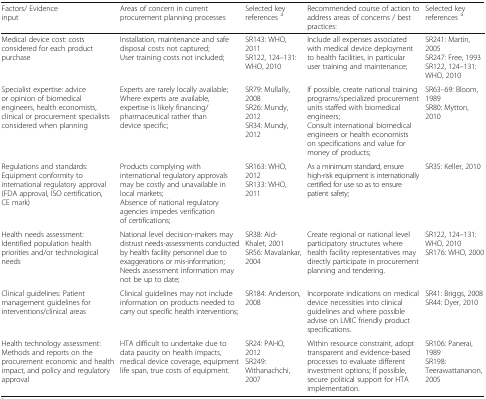
| Factors/ Evidence input | Areas of concern in current procurement planning processes | Selected key references a | Recommended course of action to address areas of concerns / best practices: | Selected key references a |
 | --- | --- | --- | --- | --- |
 | Medical device cost: costs considered for each product purchase | Installation, maintenance and safe disposal costs not captured;User training costs not included; | SR143: WHO, 2011SR122, 124–131: WHO, 2010 | Include all expenses associated with medical device deployment to health facilities, in particular user training and maintenance; | SR241: Martin, 2005SR247: Free, 1993SR122, 124–131: WHO, 2010 |
 | Specialist expertise: advice or opinion of biomedical engineers, health economists, clinical or procurement specialists considered when planning | Experts are rarely locally available;Where experts are available, expertise is likely financing/ pharmaceutical rather than device specific; | SR79: Mullally, 2008SR26: Mundy, 2012SR34: Mundy, 2012 | If possible, create national training programs/specialized procurement units staffed with biomedical engineers;Consult international biomedical engineers or health economists on specifications and value for money of products; | SR63–69: Bloom, 1989SR80: Mytton, 2010 |
 | Regulations and standards: Equipment conformity to international regulatory approval (FDA approval, ISO certification, CE mark) | Products complying with international regulatory approvals may be costly and unavailable in local markets;Absence of national regulatory agencies impedes verification of certifications; | SR163: WHO, 2012SR133: WHO, 2011 | As a minimum standard, ensure high-risk equipment is internationally certified for use so as to ensure patient safety; | SR35: Keller, 2010 |
 | Health needs assessment: Identified population health priorities and/or technological needs | National level decision-makers may distrust needs-assessments conducted by health facility personnel due to exaggerations or mis-information;Needs assessment information may not be up to date; | SR38: Aid-Khalet, 2001SR56: Mavalankar, 2004 | Create regional or national level participatory structures where health facility representatives may directly participate in procurement planning and tendering. | SR122, 124–131: WHO, 2010SR176: WHO, 2000 |
 | Clinical guidelines: Patient management guidelines for interventions/clinical areas | Clinical guidelines may not include information on products needed to carry out specific health interventions; | SR184: Anderson, 2008 | Incorporate indications on medical device necessities into clinical guidelines and where possible advise on LMIC friendly product specifications. | SR41: Briggs, 2008SR44: Dyer, 2010 |
 | Health technology assessment: Methods and reports on the procurement economic and health impact, and policy and regulatory approval | HTA difficult to undertake due to data paucity on health impacts, medical device coverage, equipment life span, true costs of equipment. | SR24: PAHO, 2012SR249: Withanachchi, 2007 | Within resource constraint, adopt transparent and evidence-based processes to evaluate different investment options; If possible, secure political support for HTA implementation. | SR106: Panerai, 1989SR198: Teerawattananon, 2005 |